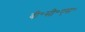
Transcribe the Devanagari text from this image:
बी॰सी॰एस॰